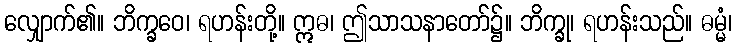
လျှောက်၏။ ဘိက္ခဝေ၊ ရဟန်းတို့။ ဣဓ၊ ဤသာသနာတော်၌။ ဘိက္ခု၊ ရဟန်းသည်။ ဓမ္မံ၊